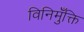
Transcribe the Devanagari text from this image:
विनिमुँक्ति